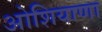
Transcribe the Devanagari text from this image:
ओशियाणा